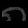
Digit: ၈